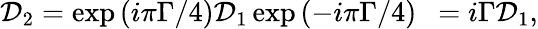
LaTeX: {\cal D}_{2}=\exp{(i\pi\Gamma/4)}{\cal D}_{1}\exp{(-i\pi\Gamma/4)}~~=i{\Gamma}{\cal D}_{1},